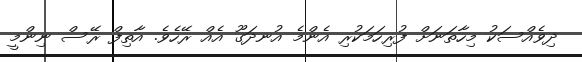
ދިވެއްސަކު މިހާތަނަށް ފުރިހަމަކުރި އެންމެ އުނދަގޫ އެއް ރޭހެވެ. އާތިފް ރޭސް ނިންމީ